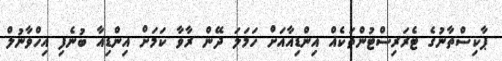
ޕާކިސްތާނުގެ ޓެރަރިސްޓުންތަކެއް އިންޑިއާއަށް ހަމަލަ ދޭން ރާވާ ކަމަށް އިންޑިއާ ބުނެފި އިހްވާނުލް